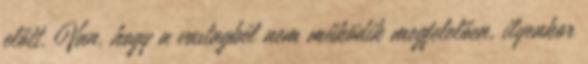
előtt. Van, hogy a vastagbél nem működik megfelelően, ilyenkor